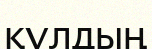
құлдың